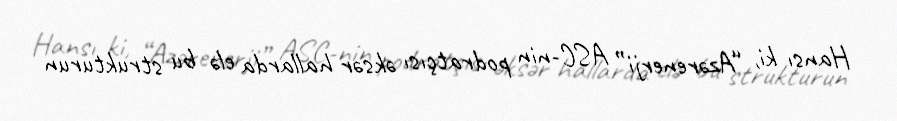
Hansı ki, “Azərenerji” ASC-nin podratçısı əksər hallarda elə bu strukturun